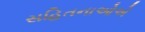
સહિતનાઓએ